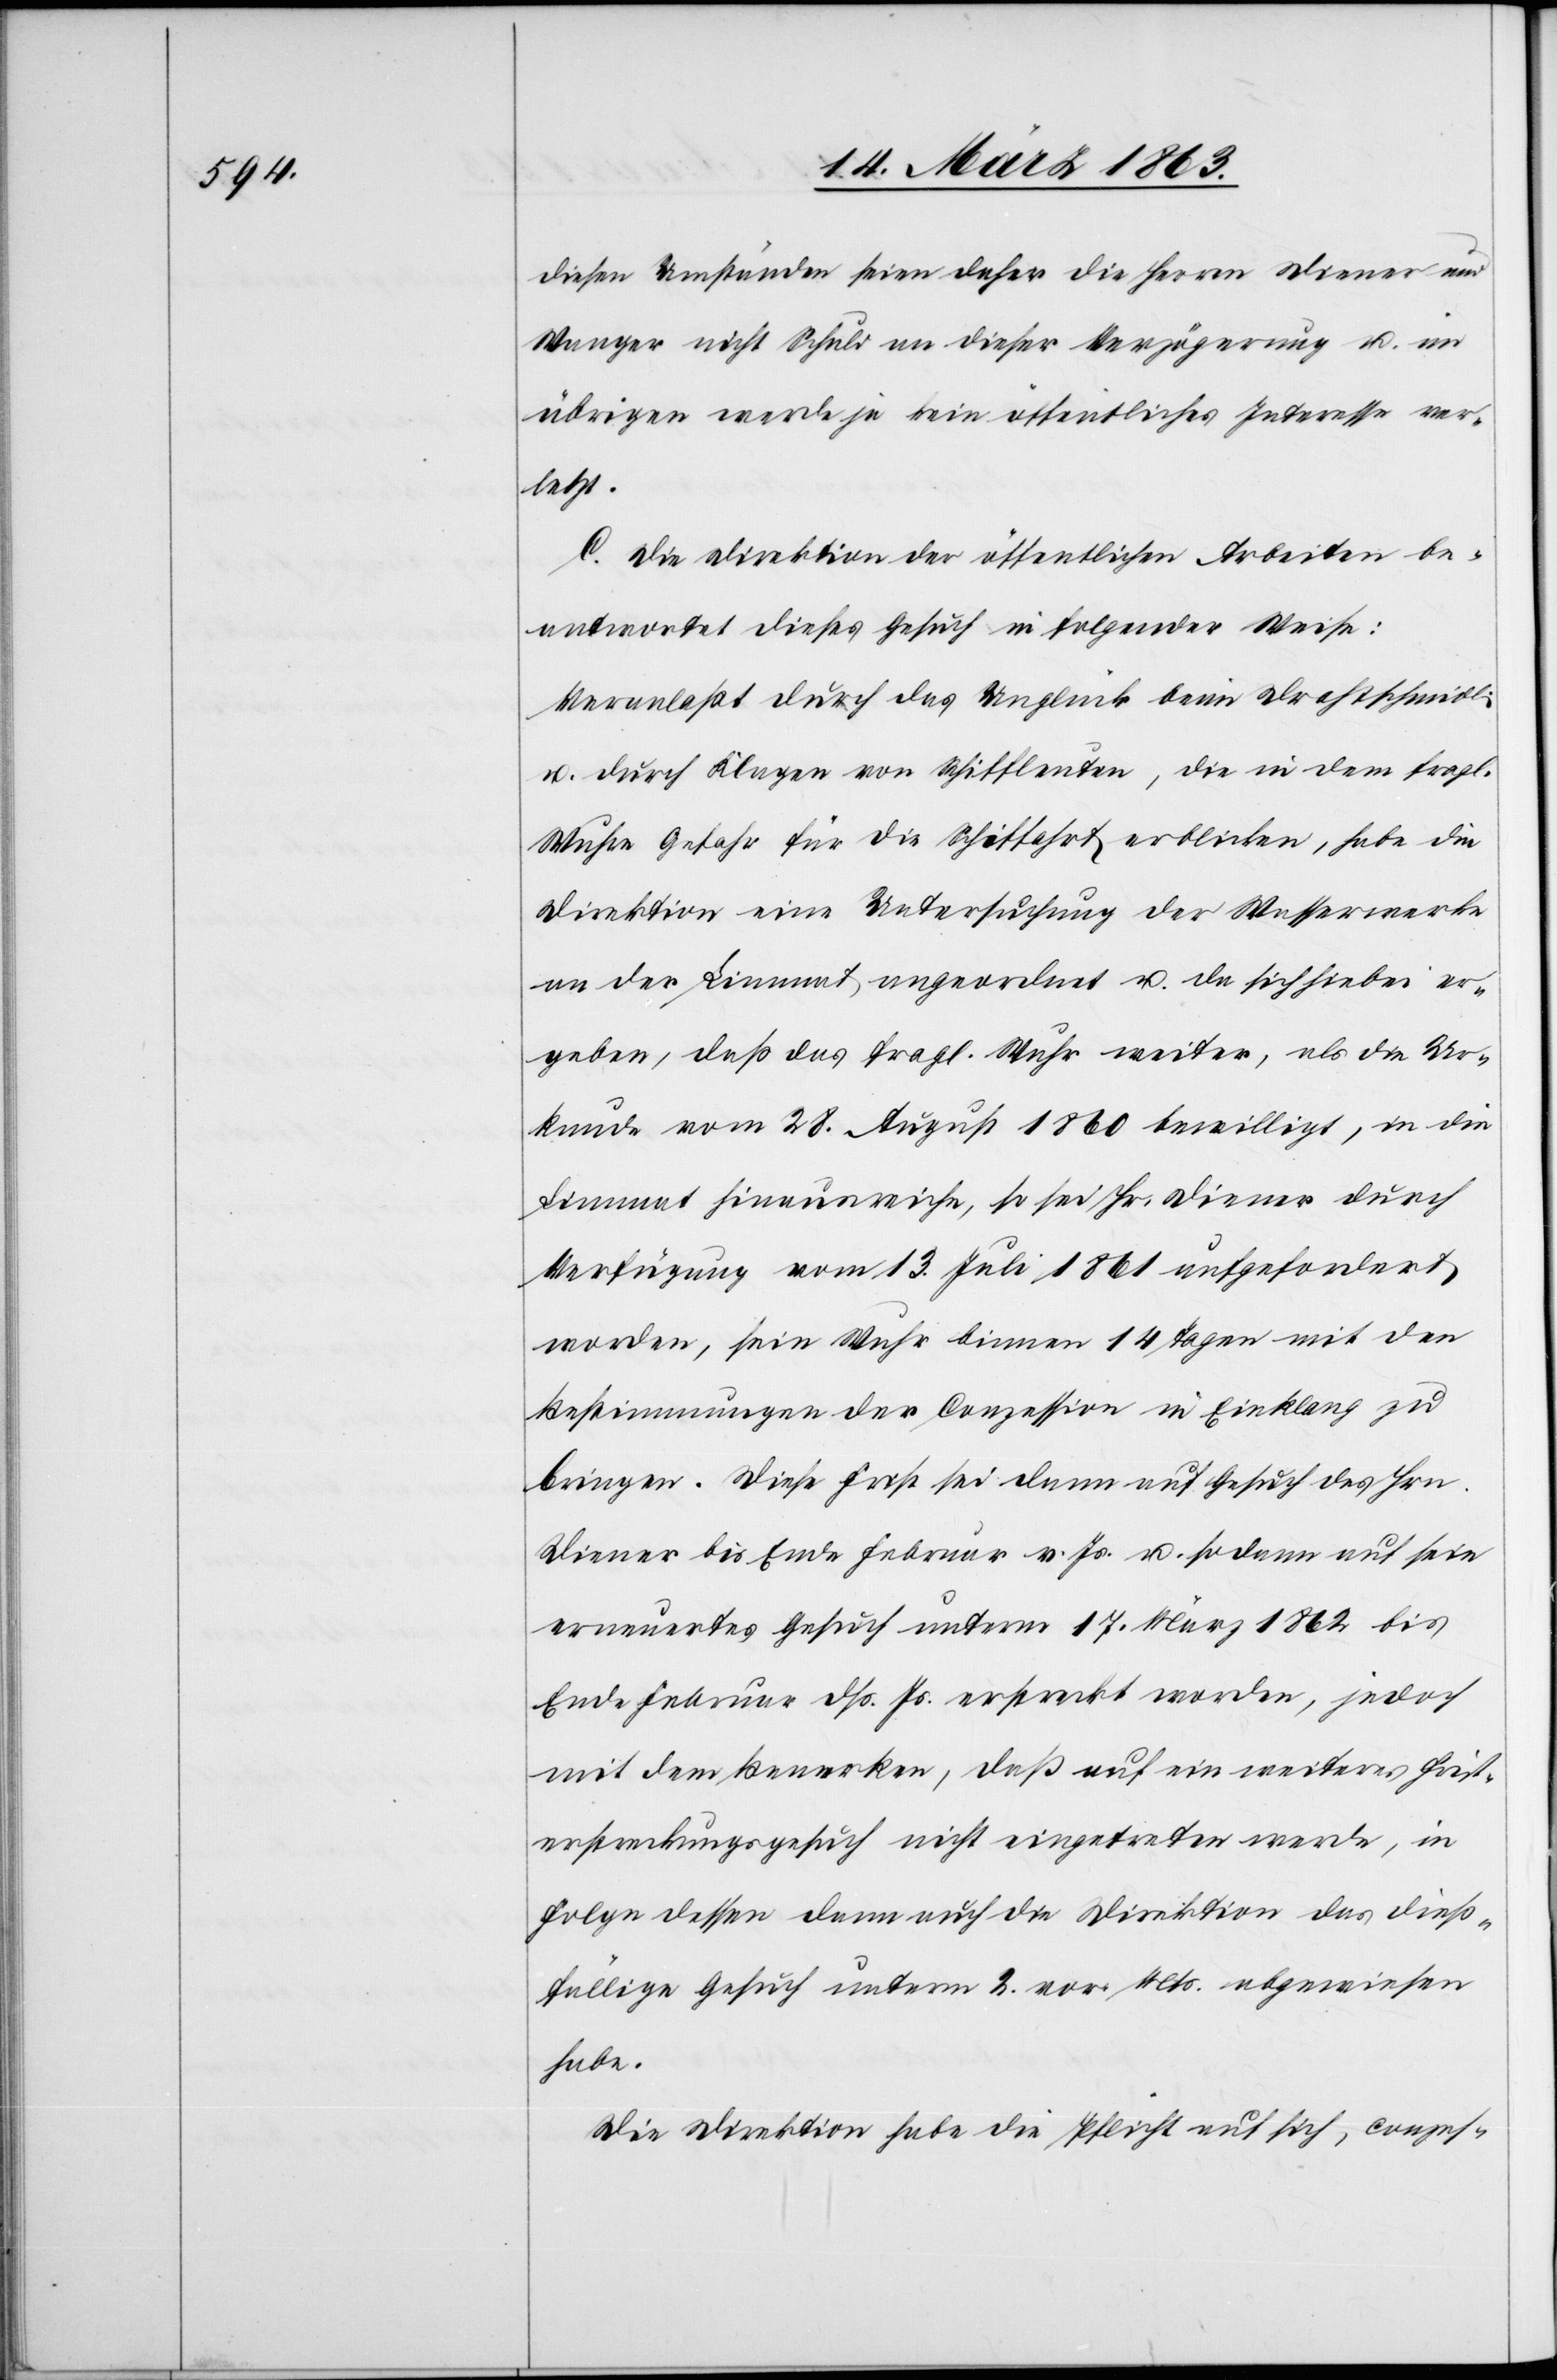
diesen Umständen seien daher die Herren Diener und
Wanger nicht Schuld an dieser Verzögerung u. im
übrigen werde ja kein öffentliches Interesse ver¬
letzt.
C. Die Direktion der öffentlichen Arbeiten be¬
antwortet dieses Gesuch in folgender Weise:
Veranlaßt durch das Unglück beim Drahtschmidli
u. durch Klagen von Schiffleuten, die in dem fragl.
Wuhre Gefahr für die Schiffahrt erblicken, habe die
Direktion eine Untersuchung der Wasserwerke
an der Limmat angeordnet u. da sich hiebei er¬
geben, daß das fragl. Wuhr weiter, als die Ur¬
kunde vom 28. August 1860 bewilligt, in die
Limmat hinausreiche, so sei Hr. Diener durch
Verfügung vom 13. Juli 1861 aufgefordert
worden, sein Wuhr binnen 14 Tagen mit den
Bestimmungen der Conzession in Einklang zu
bringen. Diese Frist sei dann auf Gesuch des Hrn.
Diener bis Ende Februar v. Js. u. sodann auf sein
erneuertes Gesuch unterm 17. März 1862 bis
Ende Februar dß. Js. erstreckt worden, jedoch
mit dem Benerken [sic!], daß auf ein weiteres Frist¬
erstreckungsgesuch nicht eingetreten werde, in
Folge dessen dann auch die Direktion das dieß¬
fällige Gesuch unterm 2. vor. Mts. abgewiesen
habe.
Die Direktion habe die Pflicht auf sich, conzes-